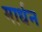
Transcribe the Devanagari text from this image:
मार्धन